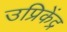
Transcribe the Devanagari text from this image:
उप्रिकेंद्र